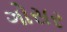
ગોસર